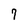
Character: 7